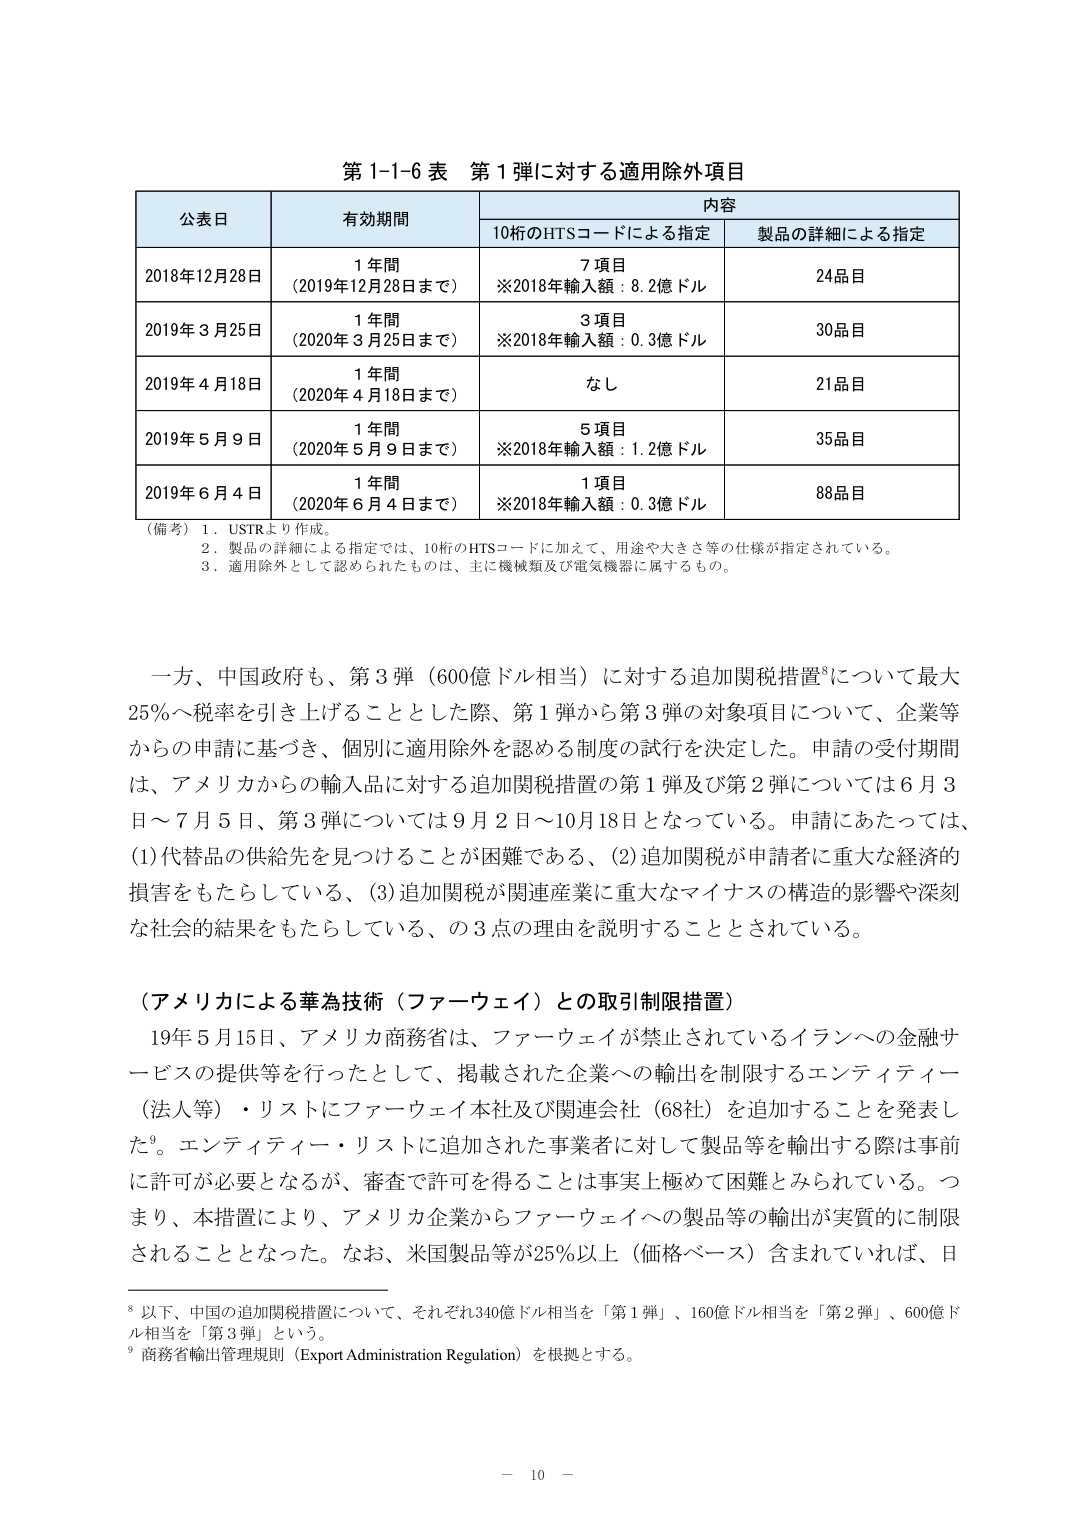
第1-1-6表 第1弾に対する適用除外項目

公表日 有効期間 内容
10桁のHTSコードによる指定 製品の詳細による指定

2018年12月28日 1年間 （2019年12月28日まで） 7項目 ※2018年輸入額：8.2億ドル 24品目

2019年3月25日 1年間 （2020年3月25日まで） 3項目 ※2018年輸入額：0.3億ドル 30品目

2019年4月18日 1年間 （2020年4月18日まで） なし 21品目

2019年5月9日 1年間 （2020年5月9日まで） 5項目 ※2018年輸入額：1.2億ドル 35品目

2019年6月4日 1年間 （2020年6月4日まで） 1項目 ※2018年輸入額：0.3億ドル 88品目

（備考）1．USTRより作成。
2．製品の詳細による指定では、10桁のHTSコードに加えて、用途や大きさ等の仕様が指定されている。
3．適用除外として認められたものは、主に機械類及び電気機器に属するもの。

一方、中国政府も、第3弾（600億ドル相当）に対する追加関税措置⁸について最大25％へ税率を引き上げることとした際、第1弾から第3弾の対象項目について、企業等からの申請に基づき、個別に適用除外を認める制度の試行を決定した。申請の受付期間は、アメリカからの輸入品に対する追加関税措置の第1弾及び第2弾については6月3日～7月5日、第3弾については9月2日～10月18日となっている。申請にあたっては、(1)代替品の供給先を見つけることが困難である、(2)追加関税が申請者に重大な経済的損害をもたらしている、(3)追加関税が関連産業に重大なマイナスの構造的影響や深刻な社会的結果をもたらしている、の3点の理由を説明することとされている。

（アメリカによる華為技術（ファーウェイ）との取引制限措置）
19年5月15日、アメリカ商務省は、ファーウェイが禁止されているイランへの金融サービスの提供等を行ったとして、掲載された企業への輸出を制限するエンティティー（法人等）・リストにファーウェイ本社及び関連会社（68社）を追加することを発表した⁹。エンティティー・リストに追加された事業者に対して製品等を輸出する際は事前に許可が必要となるが、審査で許可を得ることは事実上極めて困難とみられている。つまり、本措置により、アメリカ企業からファーウェイへの製品等の輸出が実質的に制限されることとなった。なお、米国製品等が25％以上（価格ベース）含まれていれば、日

⁸ 以下、中国の追加関税措置について、それぞれ340億ドル相当を「第1弾」、160億ドル相当を「第2弾」、600億ドル相当を「第3弾」という。
⁹ 商務省輸出管理規則（Export Administration Regulation）を根拠とする。

－ 10 －